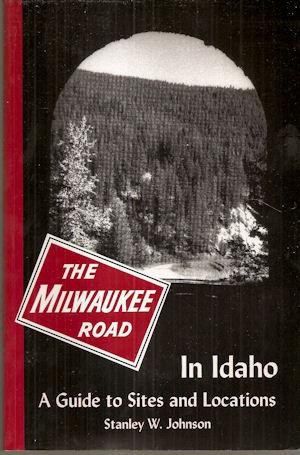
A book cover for The Milwaukee Road in Idaho: A Guide to Sites and Locations; Stanley W. Johnson; Travel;